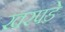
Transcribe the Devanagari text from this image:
खरपडे